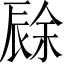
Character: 𲅊